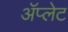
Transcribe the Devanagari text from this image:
ॲप्लेट